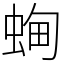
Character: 蜔